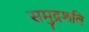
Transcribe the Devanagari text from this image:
समुद्रशलि